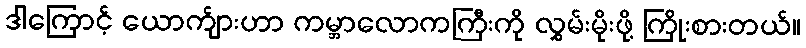
ဒါကြောင့် ယောက်ျားဟာ ကမ္ဘာလောကကြီးကို လွှမ်းမိုးဖို့ ကြိုးစားတယ်။